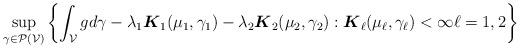
LaTeX: \begin{align*}\sup_{\gamma \in \mathcal{P}(\mathcal{V})} \left\{\int_{\mathcal{V}} g d \gamma - \lambda_1 \boldsymbol{K}_1(\mu_1, \gamma_1) - \lambda_2 \boldsymbol{K}_2(\mu_2, \gamma_2): \boldsymbol{K}_\ell(\mu_\ell, \gamma_\ell) < \infty \ell = 1, 2\right\}\end{align*}